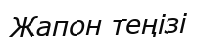
Жапон теңізі